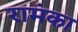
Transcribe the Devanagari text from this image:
रामंका